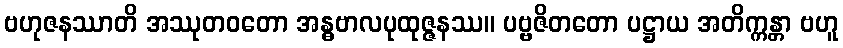
ဗဟုဇနဿာတိ အဿုတဝတော အန္ဓဗာလပုထုဇ္ဇနဿ။ ပဗ္ဗဇိတတော ပဋ္ဌာယ အတိက္ကန္တာ ဗဟူ